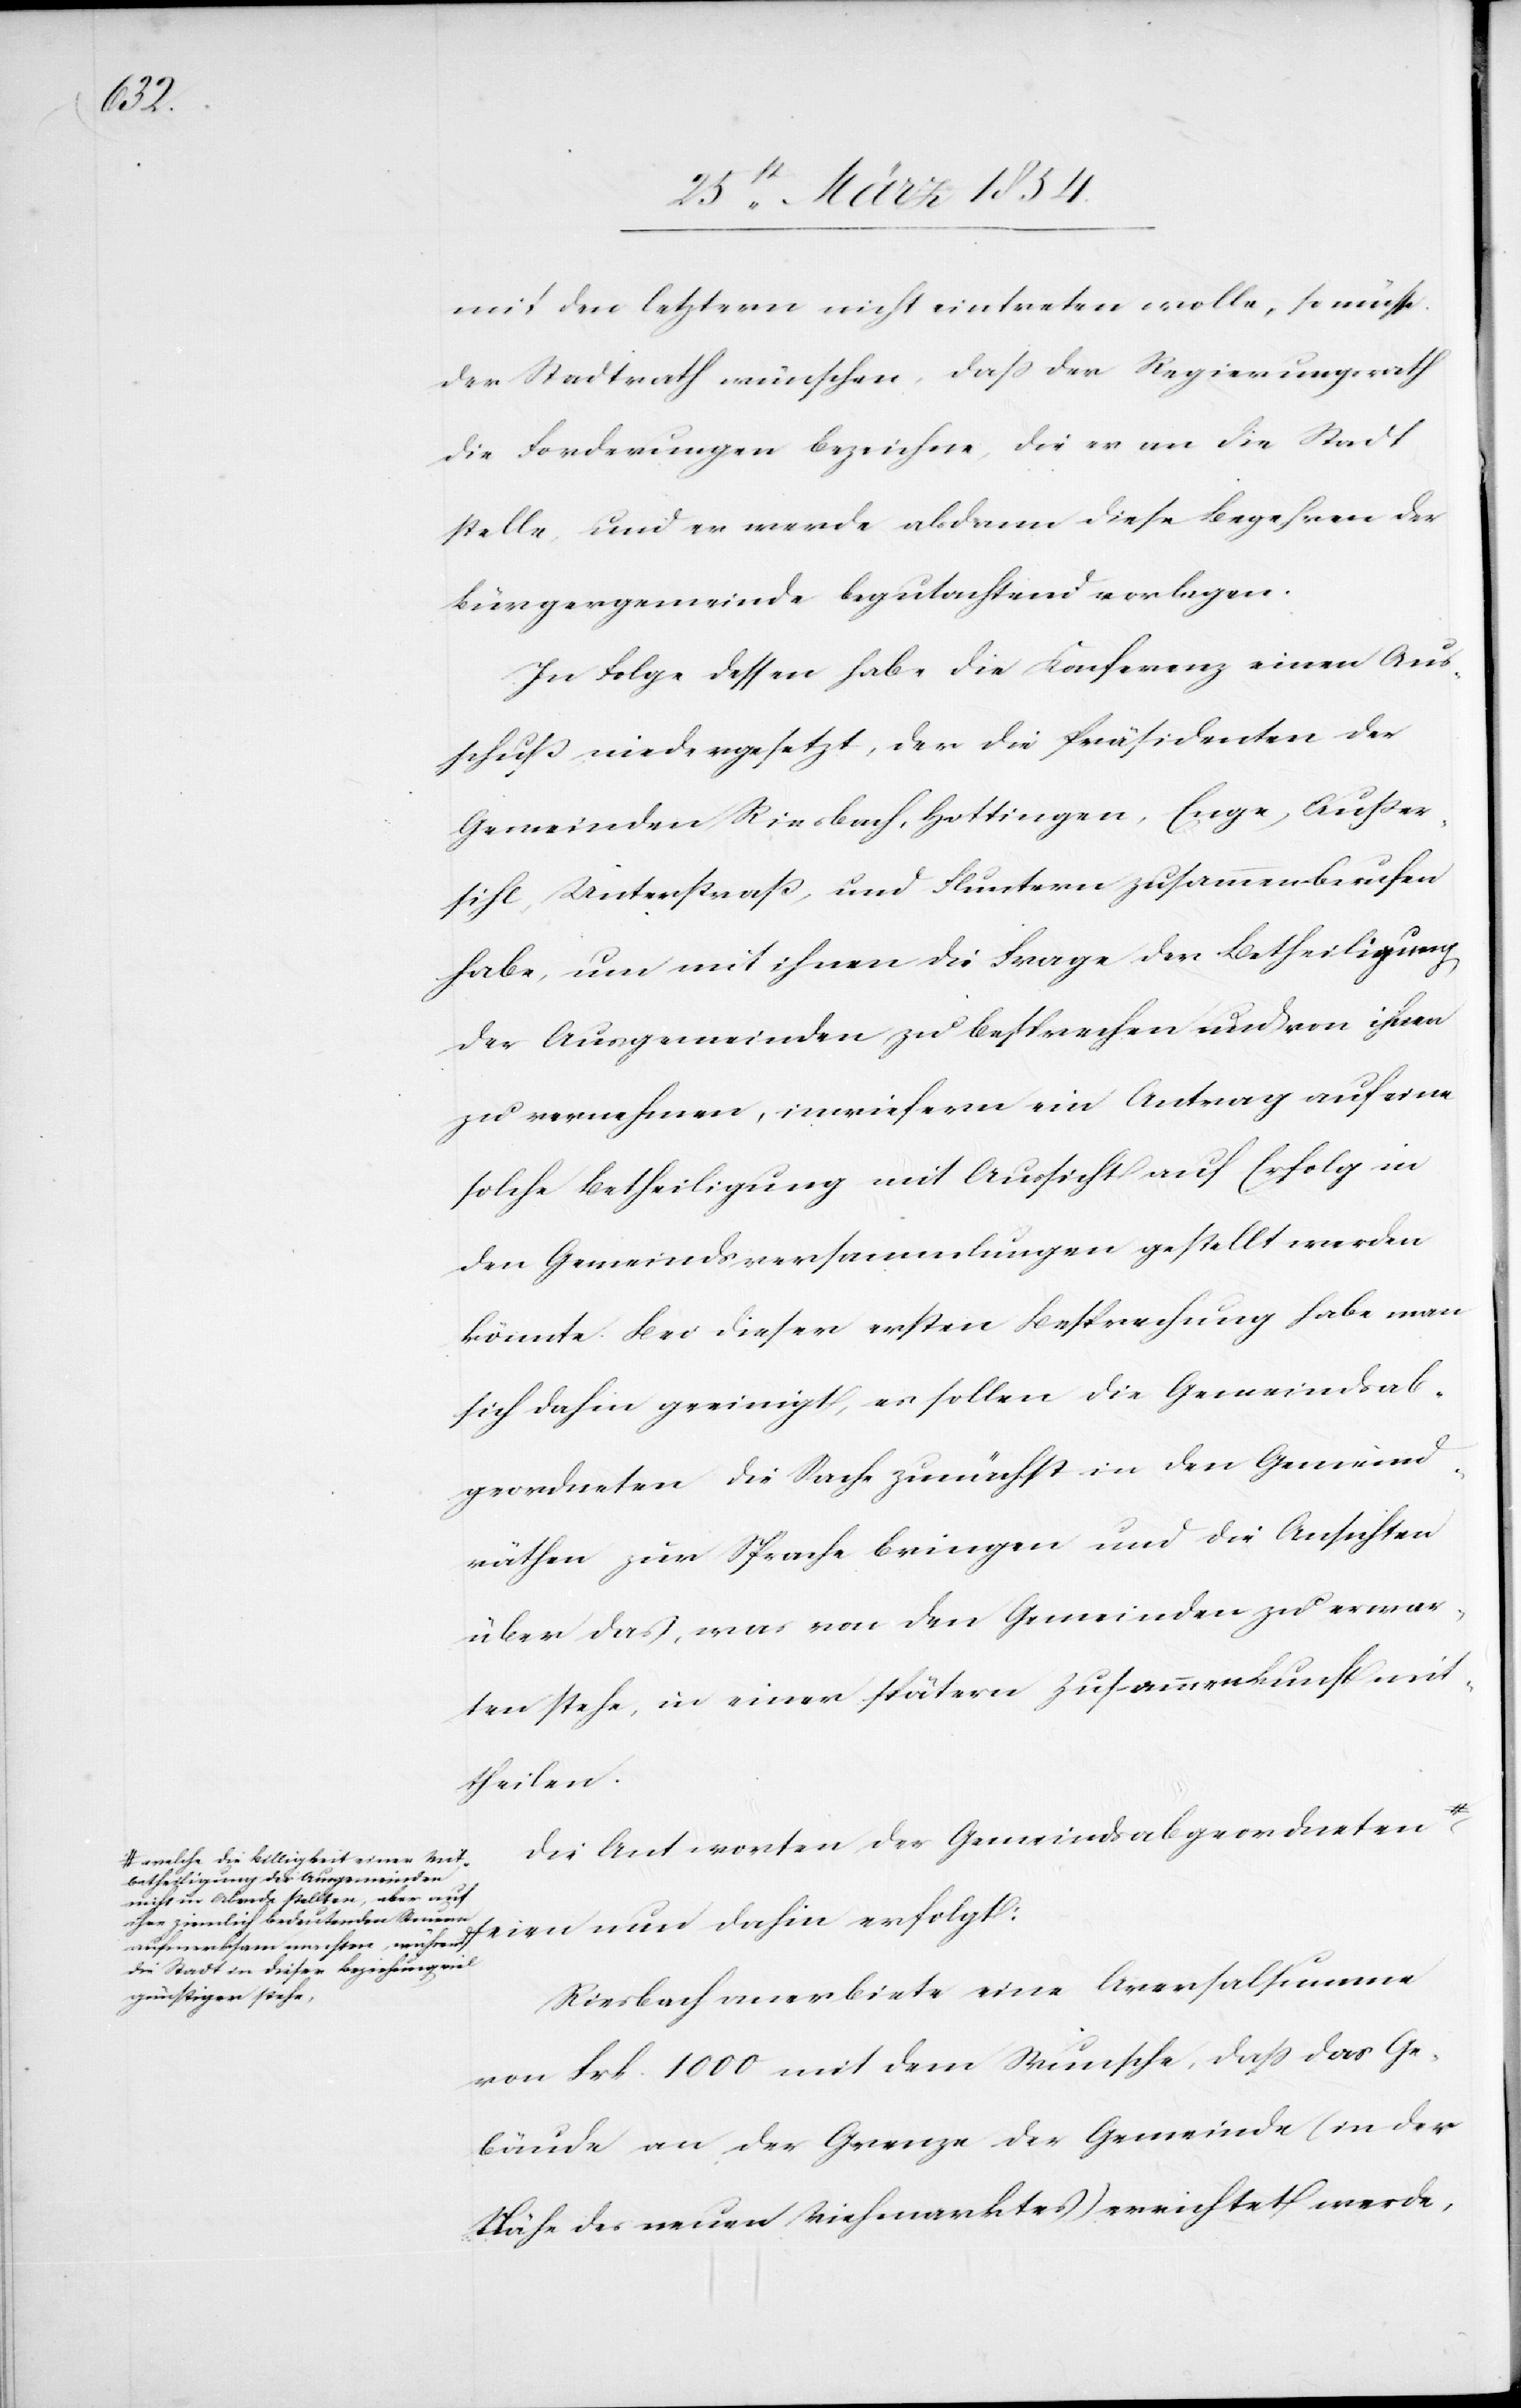
seien

mit den letztern nicht eintreten wolle, so müsse
der Stadtrath wünschen, daß der Regierungsrath
die Forderungen bezeichne, die er an die Stadt
stelle, und er werde alsdann diese Begehren der
Bürgergemeinde begutachtend vorlegen.
In Folge dessen habe die Konferenz einen Aus¬
schuß niedergesetzt, der die Präsidenten der
Gemeinden Riesbach, Hottingen, Enge, Außer¬
sihl, Unterstraß, und Fluntern zusammenberufen
habe, um mit ihnen die Frage der Betheiligung
der Ausgemeinden zu besprechen und von ihnen
zu vernehmen, inwiefern ein Antrag auf eine
solche Betheiligung mit Aussicht auf Erfolg in
den Gemeindsversammlungen gestellt werden
könnte. Bei dieser ersten Besprechung habe man
sich dahin geeinigt, es sollen die Gemeindsab¬
geordneten die Sache zunächst in den Gemeind¬
räthen zur Sprache bringen und die Ansichten
über das, was von den Gemeinden zu erwar¬
ten stehe, in einer spätern Zusammenkunft mit¬
theilen.
ung
Die Antworten der Gemeindsabgeordneten
a-welche die Billigkeit einer Mit¬
betheiligung der Ausgemeinden
nicht in Abrede stellten, aber auf
ihre ziemlich bedeutenden Steuern
aufmerksam machten, während die Stadt in dieser Bezieh¬
Riesbach anerbiete eine Aversalsumme
günstiger stehe,-a
von Frk. 1000 mit dem Wunsche, daß das Ge¬
bäude an der Grenze der Gemeinde (in der
Nähe des neuen Viehmarktes) errichtet werde,